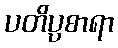
ပတိပ္ပစာရာ